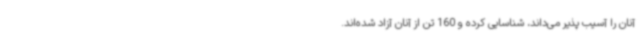
آنان را آسیب پذیر می‌داند، شناسایی کرده و 160 تن از آنان آزاد شده‌اند.